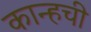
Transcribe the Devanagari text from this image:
कान्हची